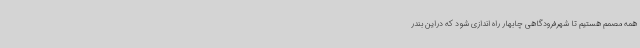
همه مصمم هستیم تا شهرفرودگاهی چابهار راه اندازی شود که دراین بندر